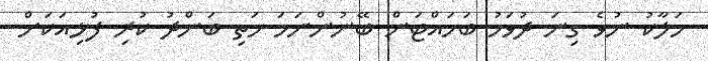
ހަލާކު ނުވެ ގިނަ ދުވަހު ބަހައްޓަން ބޭނުންނަމަ މަތި ބަންދު ކުރި ފުޅިއަކަށް